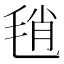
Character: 𣭱